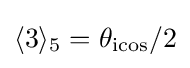
\langle 3\rangle _{5}=\theta _{\mathrm {icos} }/2